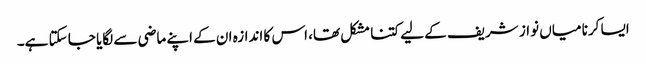
ایسا کرنا میاں نواز شریف کے لیے کتنا مشکل تھا، اس کا اندازہ ان کے اپنے ماضی سے لگایا جا سکتا ہے۔